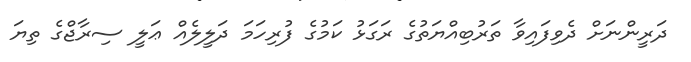
ދަރީންނަށް ދެވިފައިވާ ތަރުބިއްޔަތުގެ ރަގަޅު ކަމުގެ ފުރިހަމަ ދަލީލެއް ޢަލީ ސިރާޖްގެ ތިޔަ